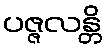
ပဇ္ဇလန္တိ